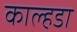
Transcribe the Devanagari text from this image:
काल्हडा